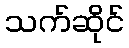
သက်ဆိုင်